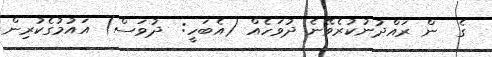
ގެ  ން ރައްދުނުކުރެވޭނެ ދުވަހެއް (އެބަހީ:  ދުވަސް) އައުމުގެކުރިން